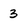
Character: 3